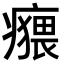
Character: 𤺸